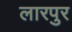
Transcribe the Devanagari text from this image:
लारपुर